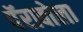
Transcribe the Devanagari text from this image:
पॅराबोला